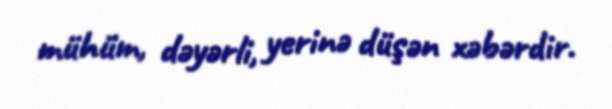
mühüm, dəyərli, yerinə düşən xəbərdir.